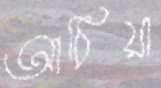
আঠিয়া